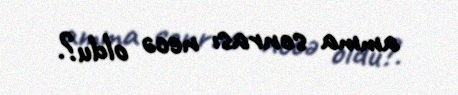
amma sonrası necə oldu?.